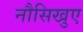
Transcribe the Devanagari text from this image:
नौसिखुए